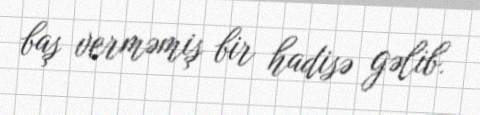
baş verməmiş bir hadisə gəlib.